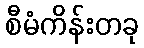
စီမံကိန်းတခု